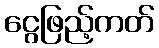
ငွေဖြည့်ကတ်